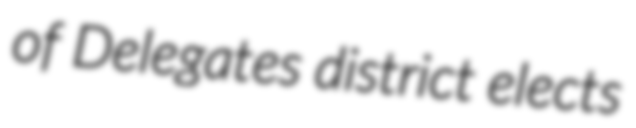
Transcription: of Delegates district elects